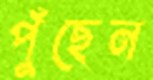
পুঁছেন